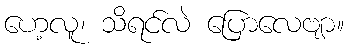
ဟေ့လူ၊ သိရင်လဲ ပြောလေဗျာ။